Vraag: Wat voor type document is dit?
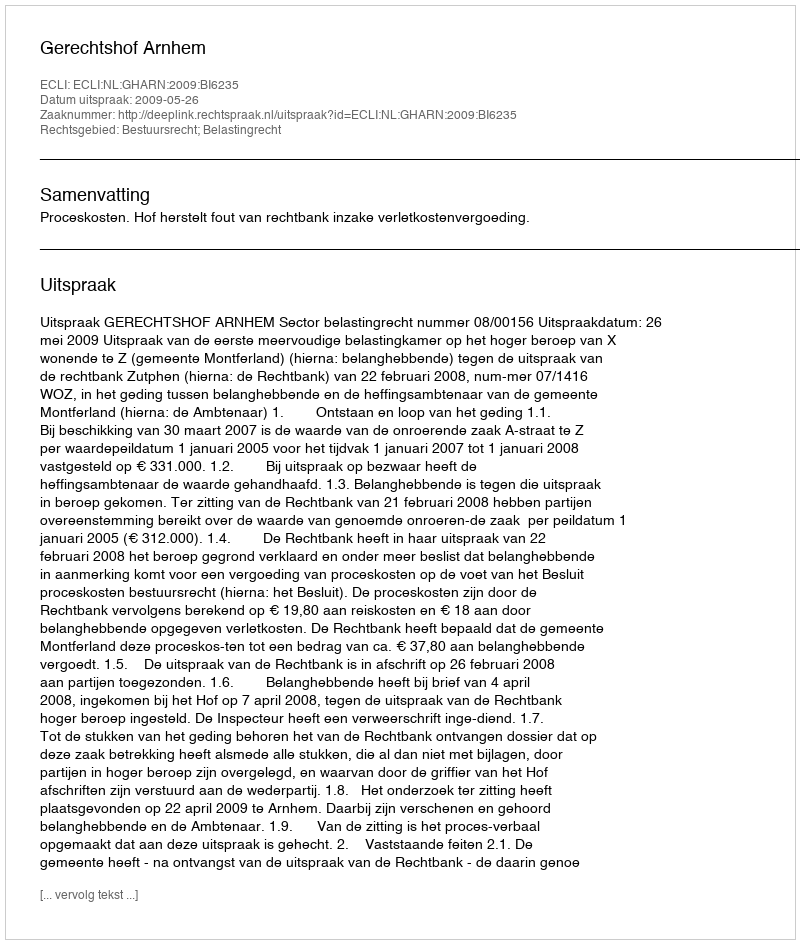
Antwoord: Uitspraak